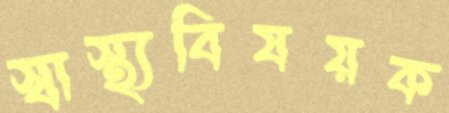
স্বাস্থ্যবিষয়ক